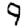
Digit: 9